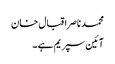
محمدناصراقبال خان
آئین سپریم ہے ۔